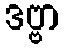
ဒဗ္ဗာ